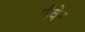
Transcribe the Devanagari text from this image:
पीवेन